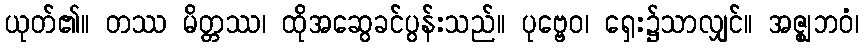
ယုတ်၏။ တဿ မိတ္တဿ၊ ထိုအဆွေခင်ပွန်းသည်။ ပုဗ္ဗေဝ၊ ရှေး၌သာလျှင်။ အဇ္ဈဘဝံ၊